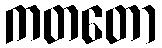
ကတတော